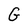
Character: G